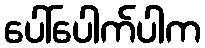
ပေါ်ပေါက်ပါက